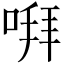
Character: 㗑